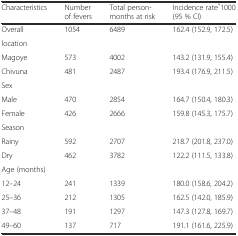
| Characteristics | Number of fevers | Total person-months at risk | Incidence rate*1000 (95 % CI) |
 | --- | --- | --- | --- |
 | Overall | 1054 | 6489 | 162.4 (152.9, 172.5) |
 | location |  |  |  |
 | Magoye | 573 | 4002 | 143.2 (131.9, 155.4) |
 | Chivuna | 481 | 2487 | 193.4 (176.9, 211.5) |
 | Sex |  |  |  |
 | Male | 470 | 2854 | 164.7 (150.4, 180.3) |
 | Female | 426 | 2666 | 159.8 (145.3, 175.7) |
 | Season |  |  |  |
 | Rainy | 592 | 2707 | 218.7 (201.8, 237.0) |
 | Dry | 462 | 3782 | 122.2 (111.5, 133.8) |
 | Age (months) |  |  |  |
 | 12–24 | 241 | 1339 | 180.0 (158.6, 204.2) |
 | 25–36 | 212 | 1305 | 162.5 (142.0, 185.9) |
 | 37–48 | 191 | 1297 | 147.3 (127.8, 169.7) |
 | 49–60 | 137 | 717 | 191.1 (161.6, 225.9) |